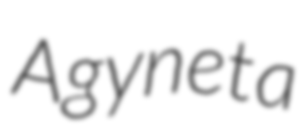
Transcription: Agyneta